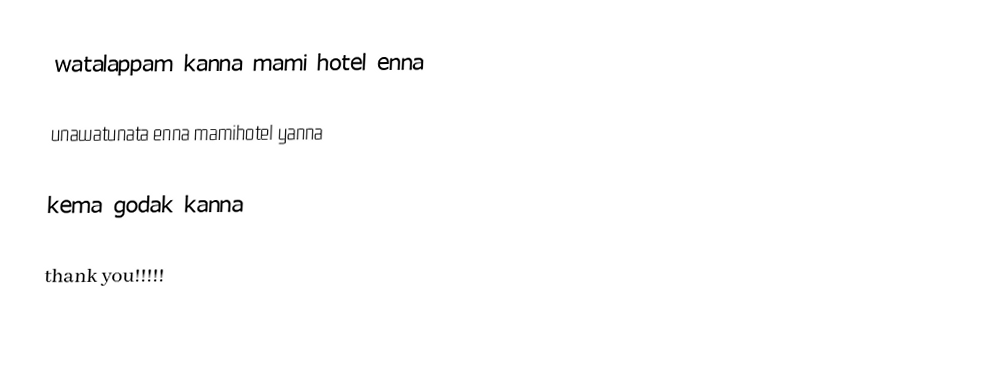
watalappam kanna mami hotel enna

unawatunata enna mamihotel yanna

kema godak kanna

thank you!!!!!